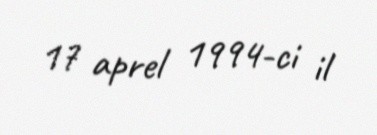
17 aprel 1994-ci il